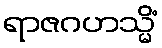
ရာဇဂဟသ္မိံ